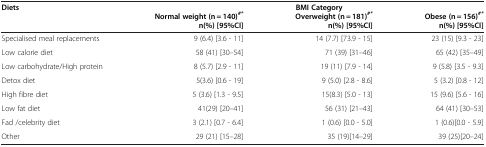
<table><thead><tr><td><b>Diets</b></td><td><b>Normal weight (n = 140)<sup><i>#*</i></sup>n(%) [95%CI]</b></td><td><b>BMI CategoryOverweight (n = 181)<sup><i>#*</i></sup>n(%) [95%CI]</b></td><td><b>Obese (n = 156)<sup><i>#*</i></sup>n(%) [95%CI]</b></td></tr></thead><tbody><tr><td>Specialised meal replacements</td><td>9 (6.4) [3.6 - 11]</td><td>14 (7.7) [73.9 - 15]</td><td>23 (15) [9.3 - 23]</td></tr><tr><td>Low calorie diet</td><td>58 (41) [30–54]</td><td>71 (39) [31–46]</td><td>65 (42) [35–49]</td></tr><tr><td>Low carbohydrate/High protein</td><td>8 (5.7) [2.9 - 11]</td><td>19 (11) [7.9 - 14]</td><td>9 (5.8) [3.5 - 9.3]</td></tr><tr><td>Detox diet</td><td>5(3.6) [0.6 - 19]</td><td>9 (5.0) [2.8 - 8.6]</td><td>5 (3.2) [0.8 - 12]</td></tr><tr><td>High fibre diet</td><td>5 (3.6) [1.3 - 9.5]</td><td>15(8.3) [5.0 - 13]</td><td>15 (9.6) [5.6 - 16]</td></tr><tr><td>Low fat diet</td><td>41(29) [20–41]</td><td>56 (31) [21–43]</td><td>64 (41) [30–53]</td></tr><tr><td>Fad /celebrity diet</td><td>3 (2.1) [0.7 - 6.4]</td><td>1 (0.6) [0.0 - 5.0]</td><td>1 (0.6)[0.0 - 5.9]</td></tr><tr><td>Other</td><td>29 (21) [15–28]</td><td>35 (19)[14–29]</td><td>39 (25)[20–24]</td></tr></tbody></table>